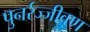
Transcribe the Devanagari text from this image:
पुनर्रज्जीवण